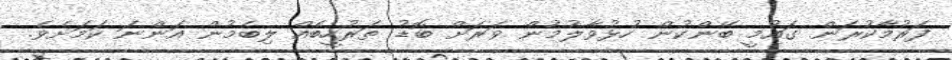
ފަރުމާކުރަން ގައުމީ ބޭންކުން ހުޅުވާލުމުން ވަރަށް ބޮޑު ތަރުހީބެއް ލިބެމުން އަންނަ ކަމަށެވެ.